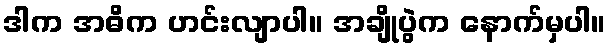
ဒါက အဓိက ဟင်းလျာပါ။ အချိုပွဲက နောက်မှပါ။